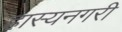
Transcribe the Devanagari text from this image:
हास्यनगरी